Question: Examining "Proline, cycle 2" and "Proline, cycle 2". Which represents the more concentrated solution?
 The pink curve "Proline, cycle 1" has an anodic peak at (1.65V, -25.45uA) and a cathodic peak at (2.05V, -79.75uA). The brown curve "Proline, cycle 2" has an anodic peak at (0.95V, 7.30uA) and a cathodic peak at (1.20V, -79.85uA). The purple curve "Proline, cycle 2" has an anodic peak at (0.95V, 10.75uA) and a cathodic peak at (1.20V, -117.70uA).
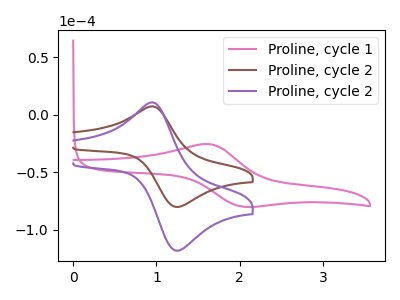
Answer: <think>All the peaks in "Proline, cycle 2" have a peak in "Proline, cycle 2" at the same potential. Every peak in "Proline, cycle 2" is lower than every peak in "Proline, cycle 2".
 </think>
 <answer>"Proline, cycle 2" has less signal than "Proline, cycle 2" and so likely has a lower concentration.</answer>
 <eval>less_concentration</eval>